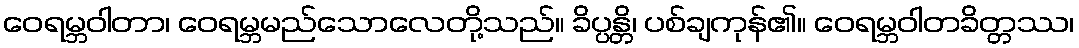
ဝေရမ္ဘဝါတာ၊ ဝေရမ္ဘမည်သောလေတို့သည်။ ခိပ္ပန္တိ၊ ပစ်ချကုန်၏။ ဝေရမ္ဘဝါတခိတ္တဿ၊